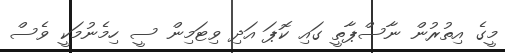
މީގެ އިތުރުން ނާސްޕާތީ ގައި ކޮޕަ އަދި ވިޓަމިން ސީ ހިމެނުމަކީ ވެސް